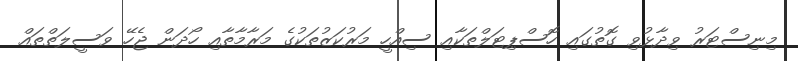
މިނިސްޓަރު ވިދާޅުވި ގޮތުގައި ހޮސްޕިޓަލްތަކާއި ސިއްހީ މަރުކަޒުތަކުގެ މަރާމާތާއި ހޯދަން ޖެހޭ ވަސީލަތްތައް